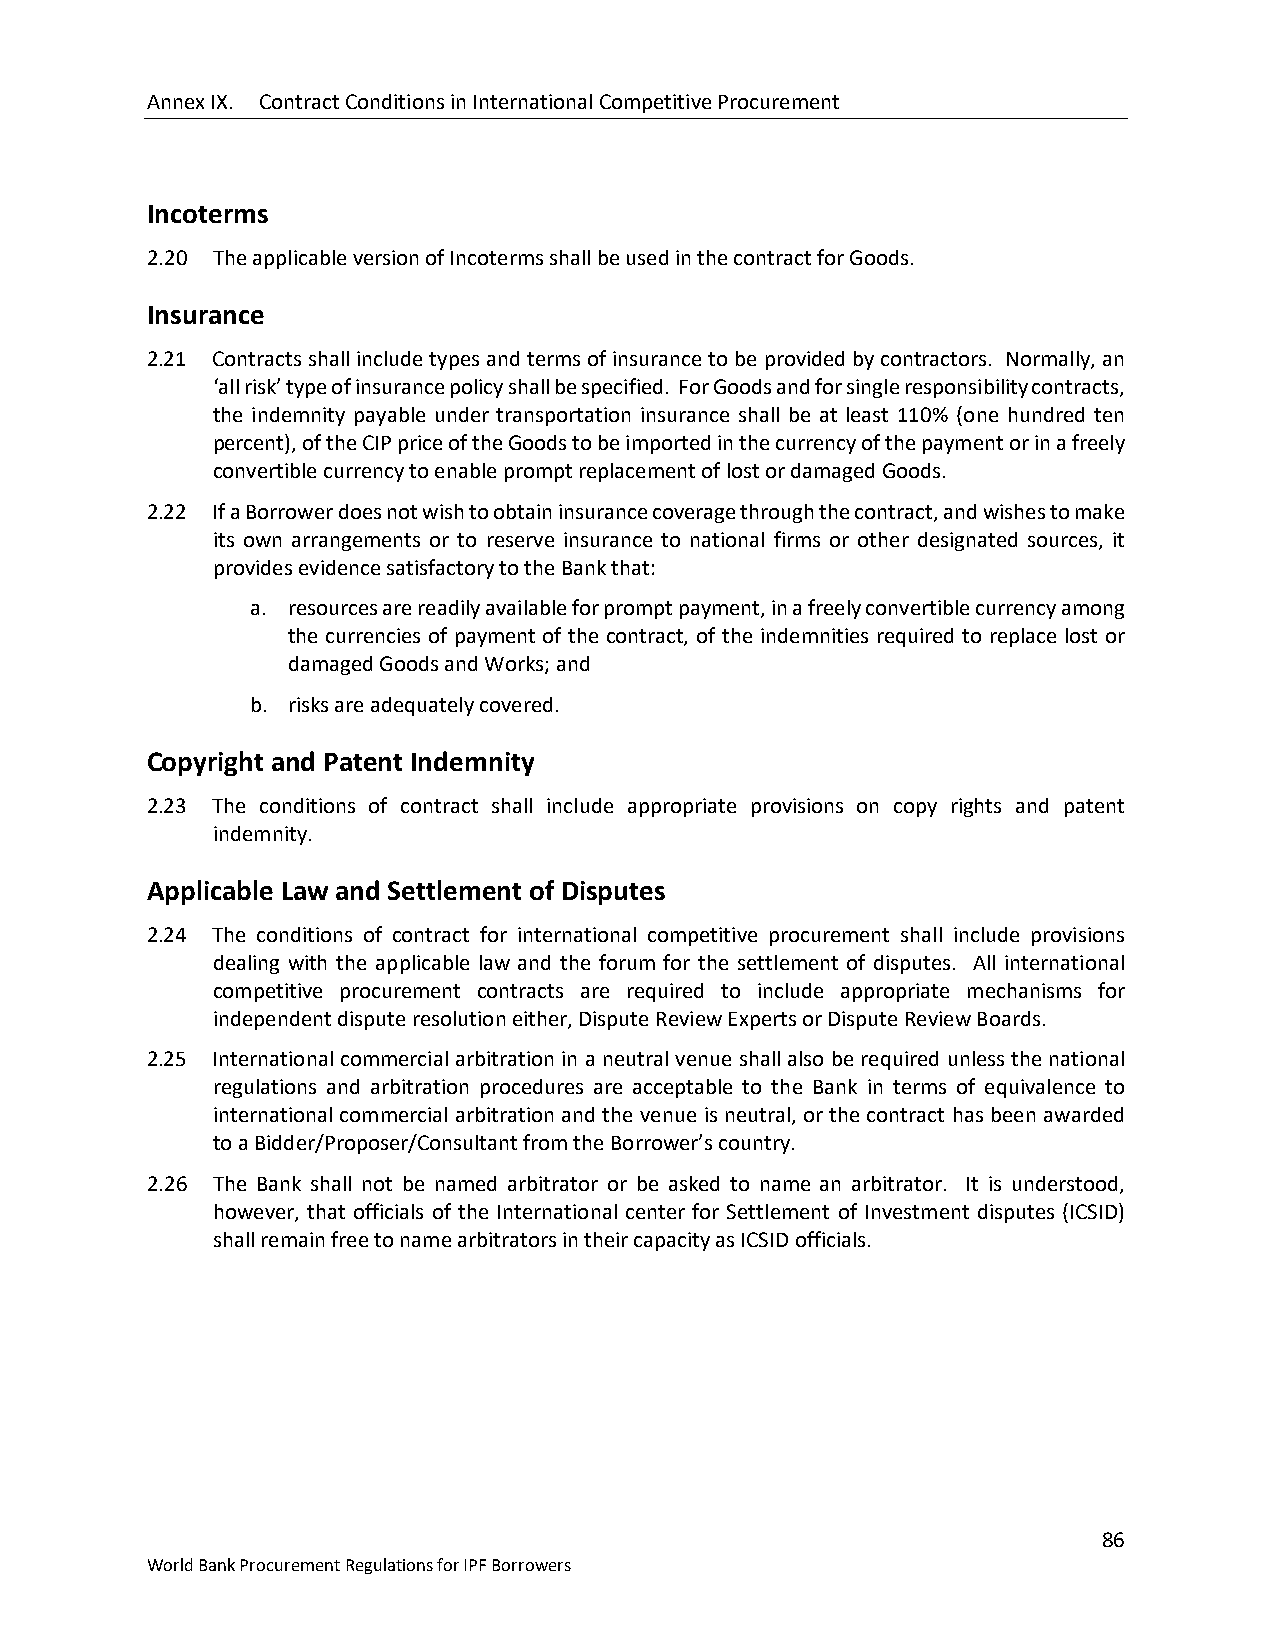
Annex IX. Contract Conditions in International Competitive Procurement
 Incoterms
 2.20 The applicable version of Incoterms shall be used in the contract for Goods.
 Insurance
 2.21 Contracts shall include types and terms of insurance to be provided by contractors. Normally, an
 ‘all risk’ type of insurance policy shall be specified. For Goods and for single responsibility contracts,
 the indemnity payable under transportation insurance shall be at least 110% (one hundred ten
 percent), of the CIP price of the Goods to be imported in the currency of the payment or in a freely
 convertible currency to enable prompt replacement of lost or damaged Goods.
 2.22 If a Borrower does not wish to obtain insurance coverage through the contract, and wishes to make
 its own arrangements or to reserve insurance to national firms or other designated sources, it
 provides evidence satisfactory to the Bank that:
 a. resources are readily available for prompt payment, in a freely convertible currency among
 the currencies of payment of the contract, of the indemnities required to replace lost or
 damaged Goods and Works; and
 b. risks are adequately covered.
 Copyright and Patent Indemnity
 2.23 The conditions of contract shall include appropriate provisions on copy rights and patent
 indemnity.
 Applicable Law and Settlement of Disputes
 2.24 The conditions of contract for international competitive procurement shall include provisions
 dealing with the applicable law and the forum for the settlement of disputes. All international
 competitive procurement contracts are required to include appropriate mechanisms for
 independent dispute resolution either, Dispute Review Experts or Dispute Review Boards.
 2.25 International commercial arbitration in a neutral venue shall also be required unless the national
 regulations and arbitration procedures are acceptable to the Bank in terms of equivalence to
 international commercial arbitration and the venue is neutral, or the contract has been awarded
 to a Bidder/Proposer/Consultant from the Borrower’s country.
 2.26 The Bank shall not be named arbitrator or be asked to name an arbitrator. It is understood,
 however, that officials of the International center for Settlement of Investment disputes (ICSID)
 shall remain free to name arbitrators in their capacity as ICSID officials.
 86
 World Bank Procurement Regulations for IPF Borrowers